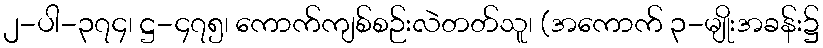
၂-ပါ-၃၇၄၊ ဋ္ဌ-၄၇၅၊ ကောက်ကျစ်စဉ်းလဲတတ်သူ၊ (အကောက် ၃-မျိုးအခန်း၌